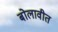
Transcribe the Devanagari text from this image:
बोलावीत